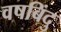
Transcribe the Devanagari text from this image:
वषबिंदु